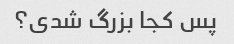
پس کجا بزرگ شدی؟